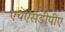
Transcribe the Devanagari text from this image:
एचएसडीपीए